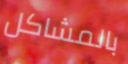
بالمشاكل